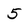
Character: 5